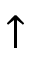
\uparrow